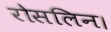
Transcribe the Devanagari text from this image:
रोसलिन।